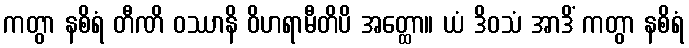
ကတွာ နစိရံ တီဏိ ဝဿာနိ ဝိဟရာမီတိပိ အတ္ထော။ ယံ ဒိဝသံ အာဒိံ ကတွာ နစိရံ